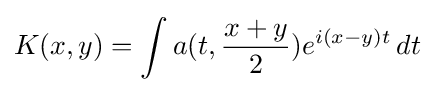
K(x,y)=\int a(t,{x+y \over 2})e^{i(x-y)t}\,dt